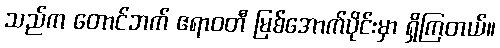
သည်က တောင်ဘက် ဧရာဝတီ မြစ်အောက်ပိုင်းမှာ ရှိကြတယ်။